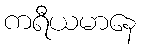
ကရီယမာနေ